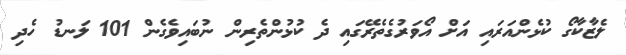
ލެޒާކާގޯ ކުޅެންއަރައި އަށް އޯވަރުގެތެރޭގައި ދެ ކުޅުންތެރިން ނުބައިވެގެން 101 ލަނޑު ހެދި